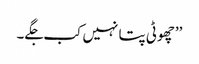
’’چھوٹی پتا نہیں کب جگے۔